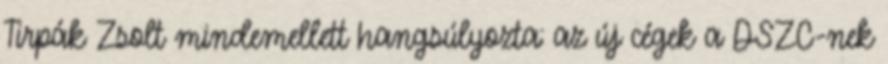
Tirpák Zsolt mindemellett hangsúlyozta: az új cégek a DSZC-nek